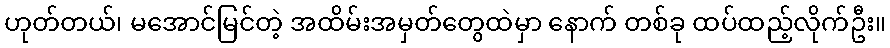
ဟုတ်တယ်၊ မအောင်မြင်တဲ့ အထိမ်းအမှတ်တွေထဲမှာ နောက် တစ်ခု ထပ်ထည့်လိုက်ဦး။